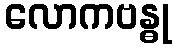
လောကဗန္ဓု